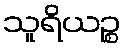
သူရိယဉ္စ